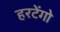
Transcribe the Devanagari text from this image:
हरटेंगो